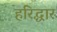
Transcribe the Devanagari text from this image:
हरिद्धार